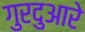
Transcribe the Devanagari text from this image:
गुरदुआरे